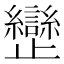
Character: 𣦱